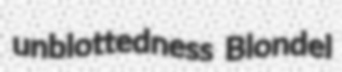
unblottedness Blondel